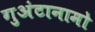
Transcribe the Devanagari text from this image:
गुअंटानामो